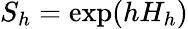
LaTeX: S_{h}=\exp(hH_{h})